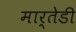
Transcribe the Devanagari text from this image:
मार्तेडी